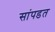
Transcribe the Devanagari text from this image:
सांपडत